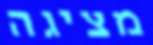
מציגה